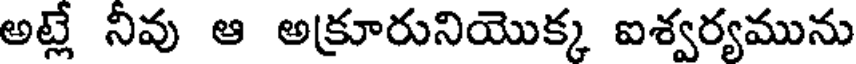
అట్లే నివు ఆ అక్రూరునియొక్క ఐశ్వర్యమును